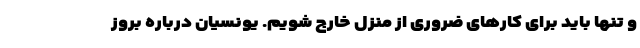
و تنها باید برای کارهای ضروری از منزل خارج شویم. یونسیان درباره بروز